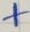
Text: +